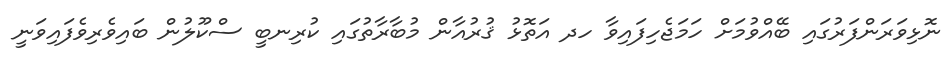
ނޮޅިވަރަންފަރުގައި ބޭއްވުމަށް ހަމަޖެހިފައިވާ ހދ އަތޮޅު ޤުރުއާން މުބާރާތުގައި ކުރިނބީ ސްކޫލުން ބައިވެރިވެފައިވަނީ